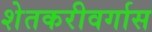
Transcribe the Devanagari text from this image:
शेतकरीवर्गास